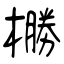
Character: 橳